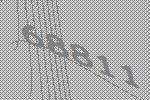
68811